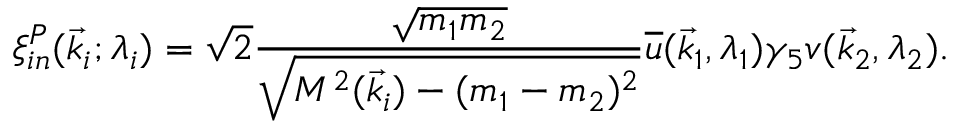
\xi _ { i n } ^ { P } ( \vec { k } _ { i } ; \lambda _ { i } ) = \sqrt { 2 } { \frac { \sqrt { m _ { 1 } m _ { 2 } } } { \sqrt { { \cal M } ^ { 2 } ( \vec { k } _ { i } ) - ( m _ { 1 } - m _ { 2 } ) ^ { 2 } } } } { \overline { { u } } } ( \vec { k } _ { 1 } , \lambda _ { 1 } ) \gamma _ { 5 } v ( \vec { k } _ { 2 } , \lambda _ { 2 } ) .